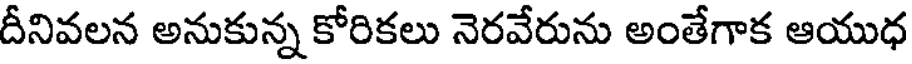
దీనివలన అనుకున్న కోరికలు నెరవేరును అంతేగాక ఆయుధ